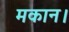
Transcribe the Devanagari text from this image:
मकान।